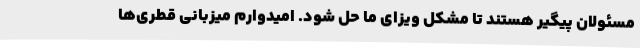
مسئولان پیگیر هستند تا مشکل ویزای ما حل شود. امیدوارم میزبانی قطری‌ها